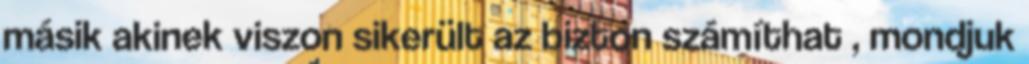
másik akinek viszon sikerült az bizton számíthat , mondjuk